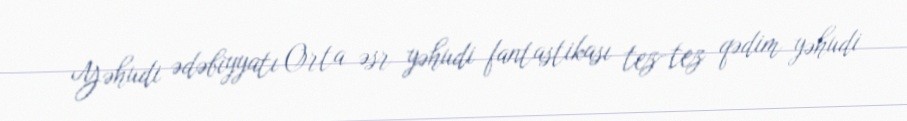
Yəhudi ədəbiyyatı Orta əsr yəhudi fantastikası tez-tez qədim yəhudi